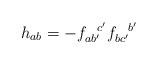
LaTeX: \begin{align*}h_{ab} = -f_{ab'}^{~~c'}f_{bc'}^{~~b'}\end{align*}